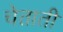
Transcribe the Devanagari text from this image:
चेताती